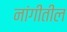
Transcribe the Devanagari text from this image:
नांगीतील